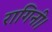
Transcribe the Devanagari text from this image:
रागिनी।